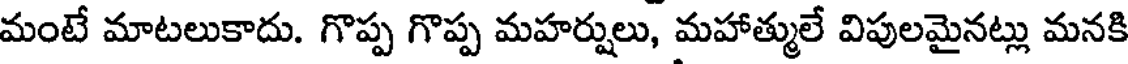
మంటే మాటలుకాదు. గొప్ప గొప్ప మహర్షులు, మహాత్ములే విపులమైనట్లు మనకి